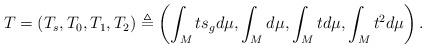
LaTeX: \begin{align*}T=(T_s,T_0,T_1,T_2)\triangleq\left(\int_Mts_gd\mu,\int_Md\mu,\int_Mtd\mu,\int_Mt^2d\mu\right).\end{align*}